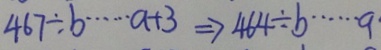
4 6 7 \div b \cdots a + 3 \Rightarrow 4 6 4 \div b \cdots a \cdot